Vaccination in Bombay 1874-1876 - 1874-1876
Year: 1874
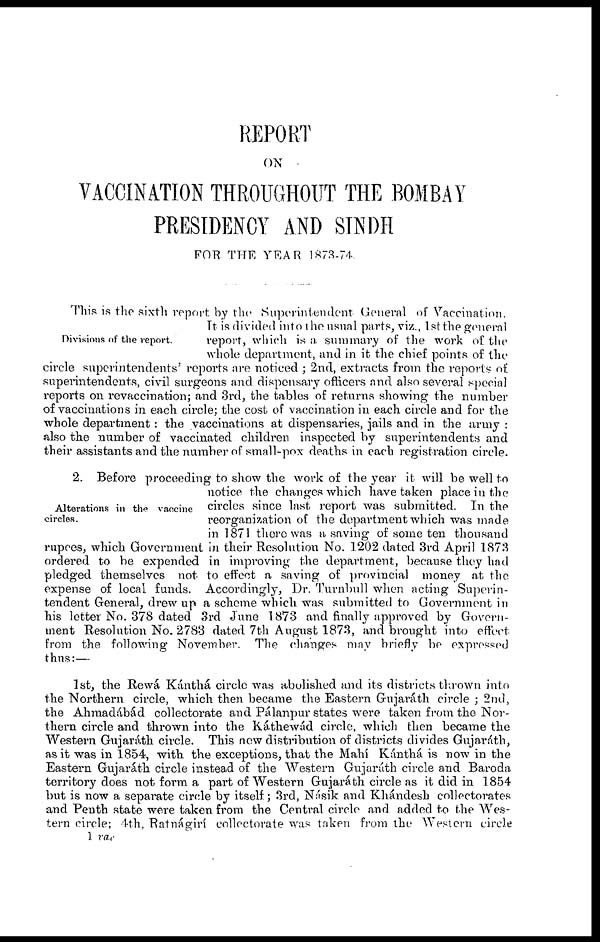
REPORT
ON
VACCINATION THROUGHOUT THE BOMBAY
PRESIDENCY AND SINDH
FOR THE YEAR 1873-74.
Divisions of the report.
This is the sixth report by the Superintendent General of Vaccination.
It is divided into the usual parts, viz., 1st the general
report, which is a summary of the work of the
whole department, and in it the chief points of the
circle superintendents' reports are noticed ; 2nd, extracts from the reports of
superintendents, civil surgeons and dispensary officers and also several special
reports on revaccination; and 3rd, the tables of returns showing the number
of vaccinations in each circle; the cost of vaccination in each circle and for the
whole department: the vaccinations at dispensaries, jails and in the army :
also the number of vaccinated children inspected by superintendents and
their assistants and the number of small-pox deaths in each registration circle.
Alterations in the vaccine
circles.
2. Before proceeding to show the work of the year it will be well to
notice the changes which have taken place in the
circles since last report was submitted. In the
reorganization of the department which was made
in 1871 there was a saving of some ten thousand
rupees, which Government in their Resolution No. 1202 dated 3rd April 1873
ordered to be expended in improving the department, because they had
pledged themselves not to effect a saving of provincial money at the
expense of local funds. Accordingly, Dr. Turnbull when acting Superin-
tendent General, drew up a scheme which was submitted to Government in
his letter No. 378 dated 3rd June 1873 and finally approved by Govern-
ment Resolution No. 2783 dated 7th August 1873, and brought into effect
from the following November. The changes may briefly be expressed
thus:—
1st, the Rewá Kánthá circle was abolished and its districts thrown into
the Northern circle, which then became the Eastern Gujaráth circle ; 2nd,
the Ahmadábád collectorate and Pálanpur states were taken from the Nor-
thern circle and thrown into the Káthewád circle, which then became the
Western Gujaráth circle. This new distribution of districts divides Gujaráth,
as it was in 1854, with the exceptions, that the Mahí Kánthá is now in the
Eastern Gujaráth circle instead of the Western Gujaráth circle and Baroda
territory does not form a part of Western Gujaráth circle as it did in 1854
but is now a separate circle by itself; 3rd, Násik and Khándesh collectorates
and Penth state were taken from the Central circle and added to the Wes-
tern circle; 4th, Ratnágirí collectorate was taken from the Western circle
1 vac